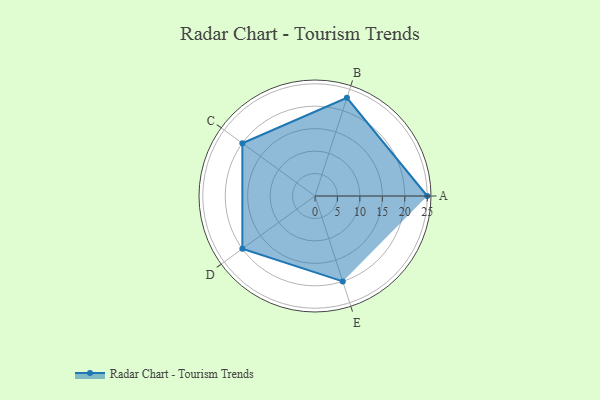
{"axis": {"x": "Skill", "y": "Score"}, "legend": ["Profile"], "data": [{"x": "A", "y": 25.0, "type": "Profile"}, {"x": "B", "y": 23.0, "type": "Profile"}, {"x": "C", "y": 20, "type": "Profile"}, {"x": "D", "y": 20, "type": "Profile"}, {"x": "E", "y": 20, "type": "Profile"}]}